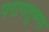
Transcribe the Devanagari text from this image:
परागतृष्णा